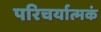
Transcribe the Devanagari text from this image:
परिचर्यात्मकं